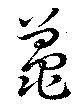
鼉